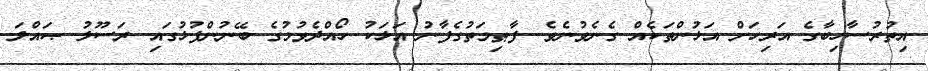
އިތުރުސާހިބާގެ އަރިހަށް އަޅުންތަކެއް ގެނެވުނެވެ. ފާޠިމަތުގެފާނު އަޅަކު ހޯއްދެވުމުގެ ބޭނުންފުޅުގައި ރަސޫލު ޞައްލަ